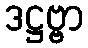
ဒဋ္ဌဗ္ဗာ